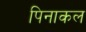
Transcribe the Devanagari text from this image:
पिनाकल